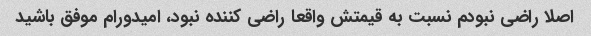
اصلا راضی نبودم نسبت به قیمتش واقعا راضی کننده نبود، امیدورام موفق باشید